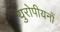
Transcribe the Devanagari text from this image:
युरोपीयनों